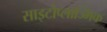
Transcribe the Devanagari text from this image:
साइटोप्लाज्मिक